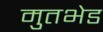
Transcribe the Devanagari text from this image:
मुतभेड